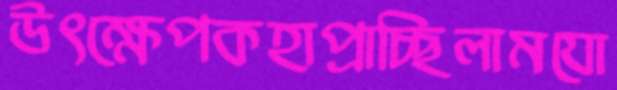
উৎক্ষেপকহাপ্‌রাচ্ছিলামযো